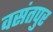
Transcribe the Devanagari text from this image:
वसंतपुर